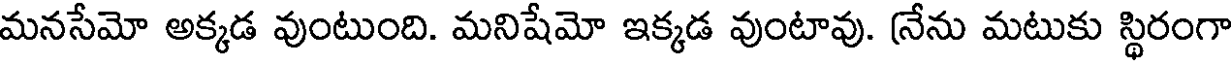
మనసేమో అక్కడ వుంటుంది. మనిషేమో ఇక్కడ వుంటావు. (నేను మటుకు స్థిరంగా